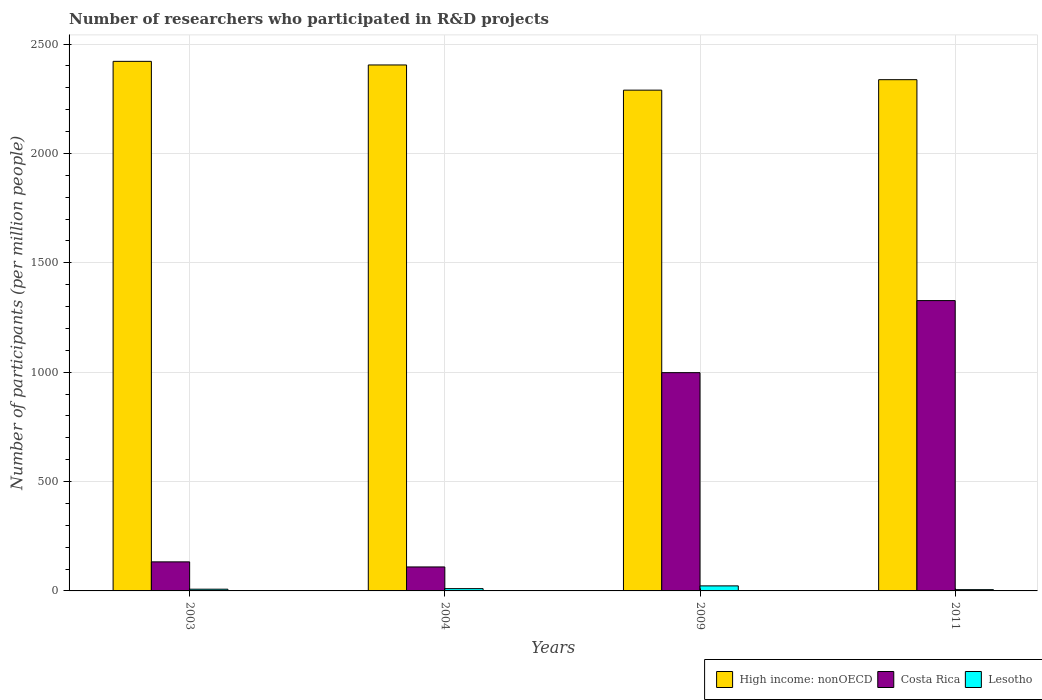
| Years | High income: nonOECD | Costa Rica | Lesotho |
 | --- | --- | --- | --- |
 | 2003 | 2.42e+03 | 133 | 7.9 |
 | 2004 | 2.4e+03 | 110 | 10.5 |
 | 2009 | 2.29e+03 | 998 | 23 |
 | 2011 | 2.34e+03 | 1.33e+03 | 5.85 |